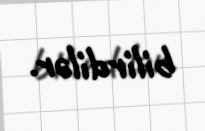
bilirdilər.